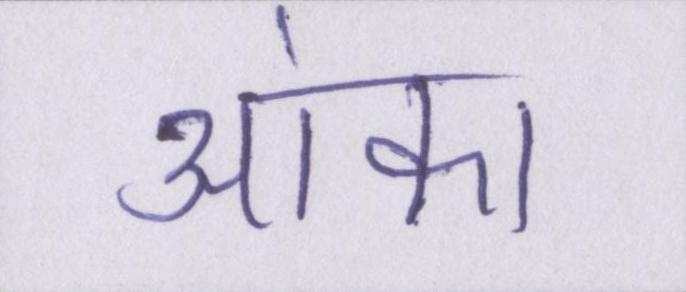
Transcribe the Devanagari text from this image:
आंका